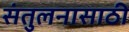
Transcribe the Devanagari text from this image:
संतुलनासाठी